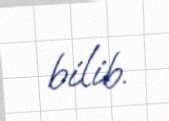
bilib.